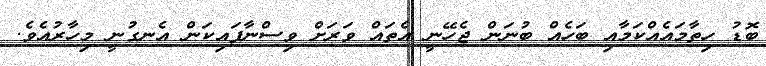
ބޮޑު ހިތާމައެއްކަމާއި ބަހެއް ބުނަން ޖެހޭނީ އެތައް ވަރަށް ވިސްނާފައިކަން އެނގުނީ މިހާރުއެވެ.